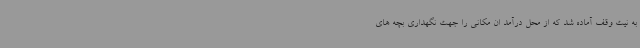
به نیت وقف آماده شد که از محل درآمد ان مکانی را جهت نگهداری بچه های